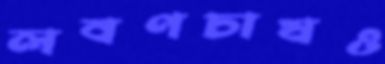
লবণচাষও